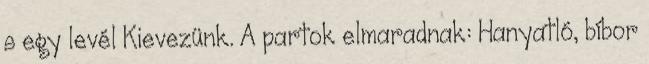
s egy levél Kievezünk. A partok elmaradnak: Hanyatló, bíbor